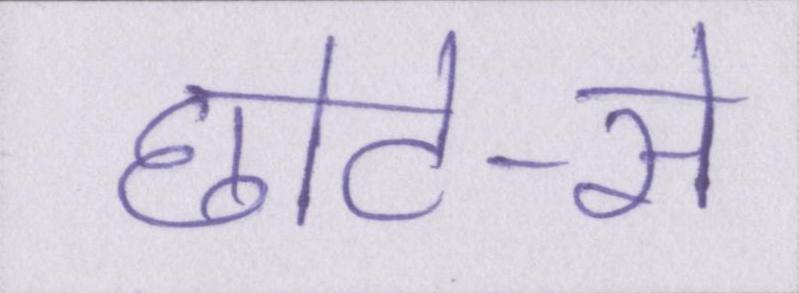
छोटे-से